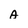
Character: A